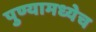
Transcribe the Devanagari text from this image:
पुण्यामध्येच